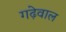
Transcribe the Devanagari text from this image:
गढ़ेवाल